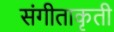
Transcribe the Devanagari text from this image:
संगीताकृती